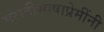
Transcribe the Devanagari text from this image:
मराठीभाषाप्रेमींनी